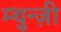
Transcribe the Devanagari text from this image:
म्थुन्ज़ी